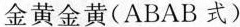
金黄金黄(ABAB式)